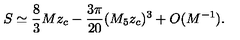
S \simeq \frac { 8 } { 3 } M z _ { c } - \frac { 3 \pi } { 2 0 } ( M _ { 5 } z _ { c } ) ^ { 3 } + O ( M ^ { - 1 } ) .